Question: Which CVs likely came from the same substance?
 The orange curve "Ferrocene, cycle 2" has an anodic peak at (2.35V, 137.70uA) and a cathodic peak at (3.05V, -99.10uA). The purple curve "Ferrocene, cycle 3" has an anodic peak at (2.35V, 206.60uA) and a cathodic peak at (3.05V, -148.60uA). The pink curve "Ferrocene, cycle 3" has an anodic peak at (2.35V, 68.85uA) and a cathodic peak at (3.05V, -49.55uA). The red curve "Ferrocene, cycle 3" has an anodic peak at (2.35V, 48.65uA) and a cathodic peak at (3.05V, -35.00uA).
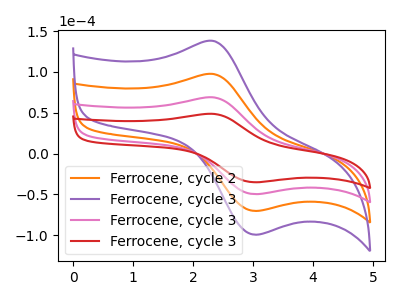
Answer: <think>All the peaks in "Ferrocene, cycle 2" have a peak in "Ferrocene, cycle 3" at the same potential. Every peak in "Ferrocene, cycle 2" is lower than every peak in "Ferrocene, cycle 3". All the peaks in "Ferrocene, cycle 2" have a peak in "Ferrocene, cycle 3" at the same potential. Every peak in "Ferrocene, cycle 2" is higher than every peak in "Ferrocene, cycle 3". All the peaks in "Ferrocene, cycle 2" have a peak in "Ferrocene, cycle 3" at the same potential. Every peak in "Ferrocene, cycle 2" is higher than every peak in "Ferrocene, cycle 3". All the peaks in "Ferrocene, cycle 3" have a peak in "Ferrocene, cycle 3" at the same potential. Every peak in "Ferrocene, cycle 3" is higher than every peak in "Ferrocene, cycle 3". All the peaks in "Ferrocene, cycle 3" have a peak in "Ferrocene, cycle 3" at the same potential. Every peak in "Ferrocene, cycle 3" is higher than every peak in "Ferrocene, cycle 3". All the peaks in "Ferrocene, cycle 3" have a peak in "Ferrocene, cycle 3" at the same potential. Every peak in "Ferrocene, cycle 3" is higher than every peak in "Ferrocene, cycle 3".
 </think>
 <answer>"Ferrocene, cycle 3", "Ferrocene, cycle 2", "Ferrocene, cycle 3" and "Ferrocene, cycle 3" have the same shape and are likely CV's of the same chemical.</answer>
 <eval>"Ferrocene, cycle 3" "Ferrocene, cycle 2" "Ferrocene, cycle 3" "Ferrocene, cycle 3"</eval>